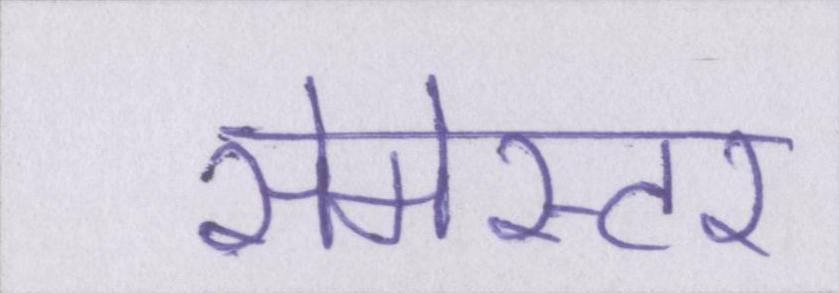
सेमेस्टर